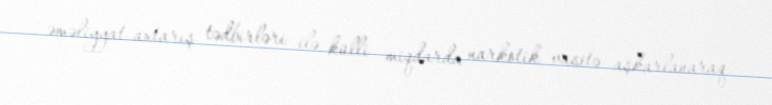
əməliyyat-axtarış tədbirləri ilə külli miqdarda narkotik vasitə aşkarlanaraq